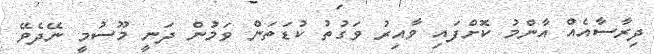
ދިރާސާއެއް އާންމު ކޮށްފައި ވާއިރު ވަގުތު ކުޑަތަން ވަމުން ދަނީ މޫސުމީ ނޭދެވޭ